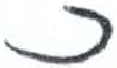
אות: נ